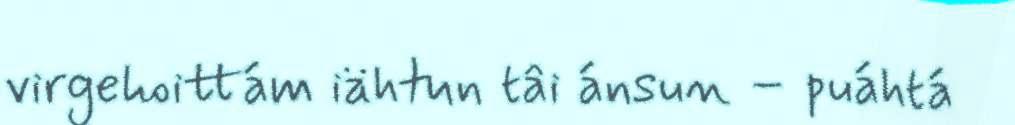
virgehoittám iähtun tâi ánsun – puáhtá